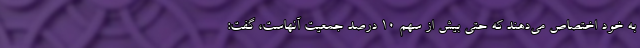
به خود اختصاص می‌دهند که حتی بیش از سهم ۱۰ درصد جمعیت آنهاست، گفت: